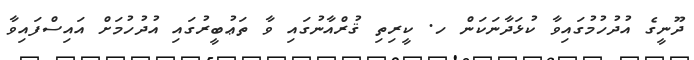
ދޫނީގެ އުދުހުމުގައިވާ ކުޅަދާނަކަން ހ. ކީރިތި ޤުރްއާނުގައި ވާ ތަޢުބީރުގައި އުދުހުމަށް އައިސްފައިވާ